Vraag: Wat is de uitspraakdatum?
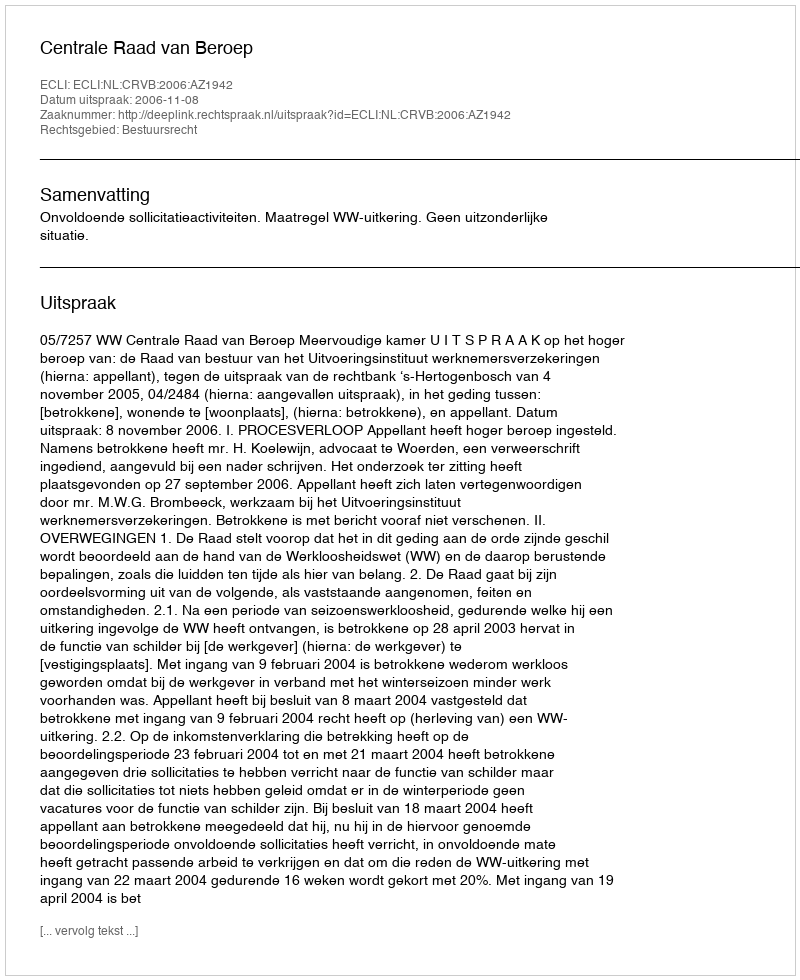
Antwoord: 2006-11-08